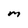
Character: M